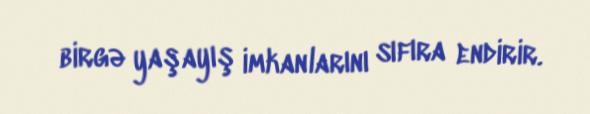
birgə yaşayış imkanlarını sıfıra endirir.